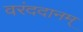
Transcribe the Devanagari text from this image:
वरंददानम्